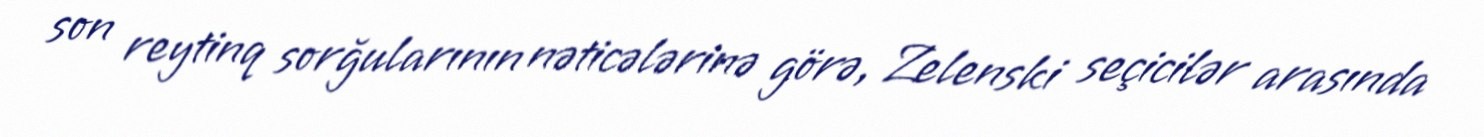
son reytinq sorğularının nəticələrinə görə, Zelenski seçicilər arasında